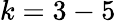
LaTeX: k=3-5